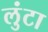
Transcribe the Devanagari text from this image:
लुंटा